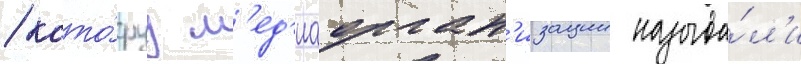
/ кото́руу м'ед'иаорган'изации называ́л'и